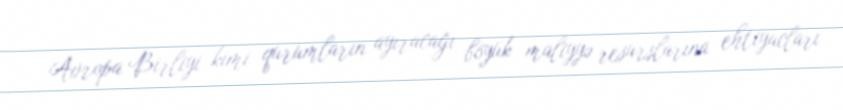
Avropa Birliyi kimi qurumların ayıracağı böyük maliyyə resurslarına ehtiyacları